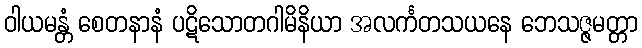
ဝါယမန္တံ စေတနာနံ ပဋိသောတဂါမိနိယာ အလင်္ကတသယနေ ဘေသဇ္ဇမတ္တာ